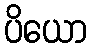
ပိယော